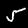
Label: 5